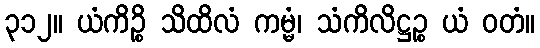
၃၁၂။ ယံကိဉ္စိ သိထိလံ ကမ္မံ၊ သံကိလိဋ္ဌဉ္စ ယံ ဝတံ။